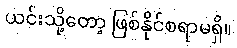
ယင်းသို့တော့ ဖြစ်နိုင်စရာမရှိ။